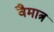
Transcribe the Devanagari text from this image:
वैमात्र